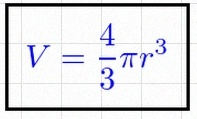
V=\frac43\pi r^3